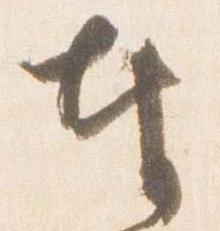
奉